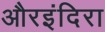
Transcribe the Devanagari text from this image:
औरइंदिरा